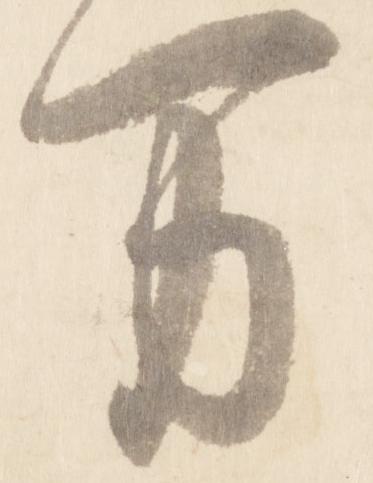
万